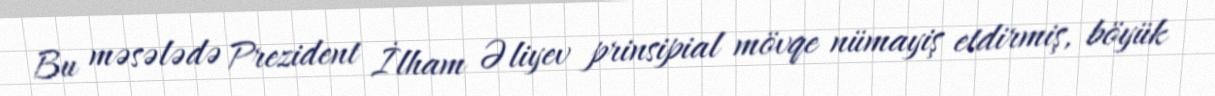
Bu məsələdə Prezident İlham Əliyev prinsipial mövqe nümayiş etdirmiş, böyük